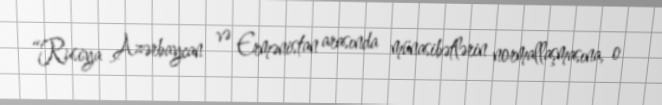
“Rusiya Azərbaycan və Ermənistan arasında münasibətlərin normallaşmasına, o